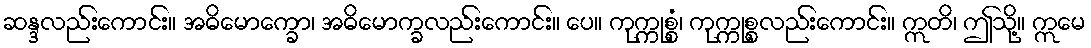
ဆန္ဒလည်းကောင်း။ အဓိမောက္ခော၊ အဓိမောက္ခလည်းကောင်း။ ပေ။ ကုက္ကုစ္စံ၊ ကုက္ကုစ္စလည်းကောင်း။ ဣတိ၊ ဤသို့။ ဣမေ